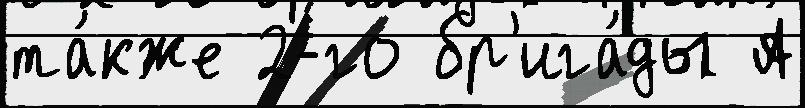
та́кже 2-го бр'ига́ды А